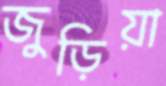
জুড়িয়া